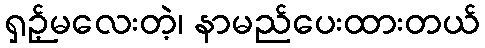
ရှဉ့်မလေးတဲ့၊ နာမည်ပေးထားတယ်